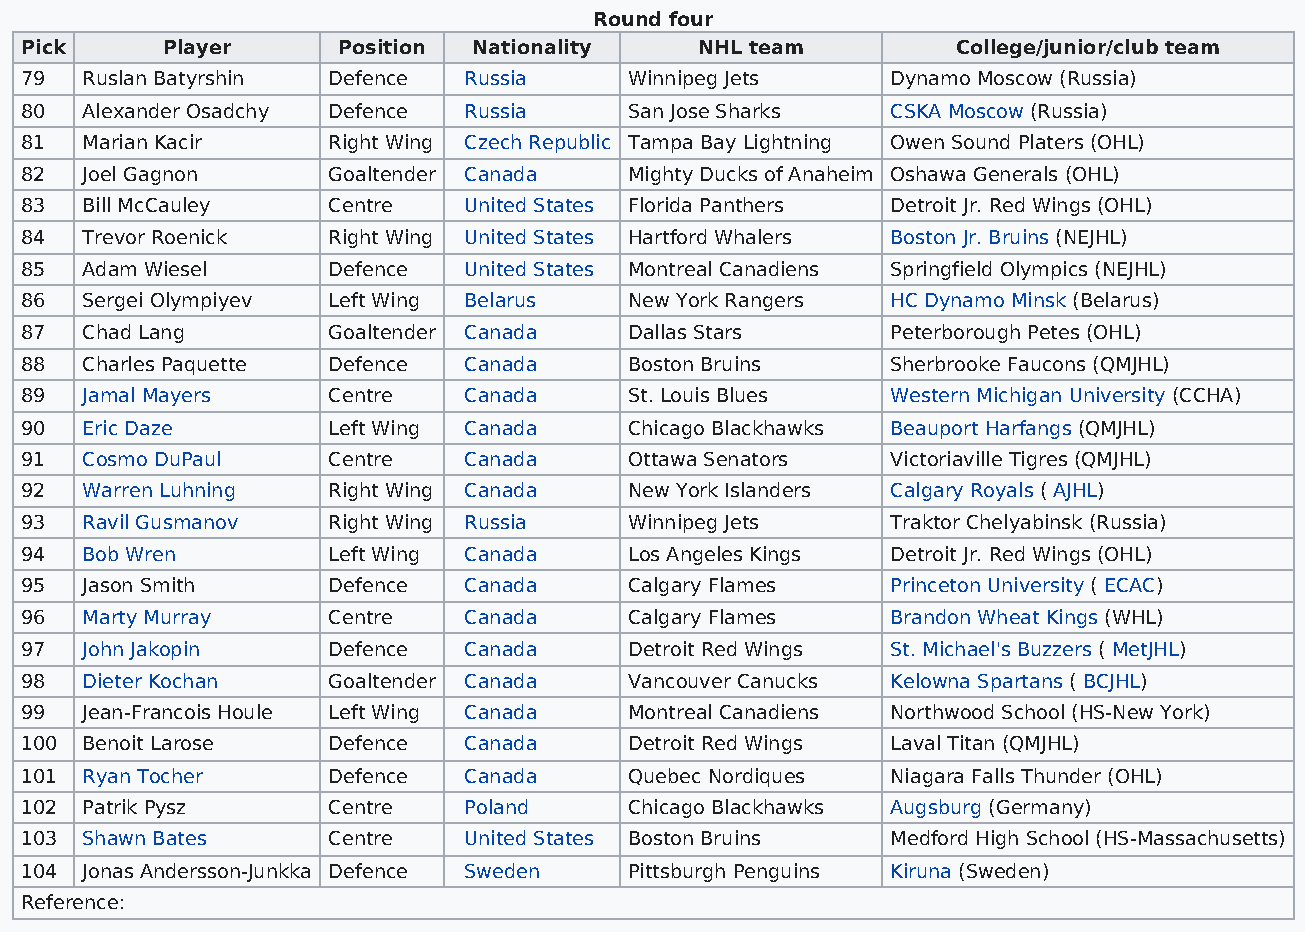
Round four
 Pick      Player     Position Nationality    NHL team         College/junior/club team
 79  Ruslan Batyrshin Defence  Russia     Winnipeg Jets    Dynamo Moscow (Russia)
 80  Alexander Osadchy Defence Russia     San Jose Sharks  CSKA Moscow (Russia)
 81  Marian Kacir     Right Wing Czech Republic Tampa Bay Lightning Owen Sound Platers (OHL)
 82  Joel Gagnon      Goaltender Canada   Mighty Ducks of Anaheim Oshawa Generals (OHL)
 83  Bill McCauley    Centre   United States Florida Panthers Detroit Jr. Red Wings (OHL)
 84  Trevor Roenick   Right Wing United States Hartford Whalers Boston Jr. Bruins (NEJHL)
 85  Adam Wiesel      Defence  United States Montreal Canadiens Springfield Olympics (NEJHL)
 86  Sergei Olympiyev Left Wing Belarus   New York Rangers HC Dynamo Minsk (Belarus)
 87  Chad Lang        Goaltender Canada   Dallas Stars     Peterborough Petes (OHL)
 88  Charles Paquette Defence  Canada     Boston Bruins    Sherbrooke Faucons (QMJHL)
 89  Jamal Mayers     Centre   Canada     St. Louis Blues  Western Michigan University (CCHA)
 90  Eric Daze        Left Wing Canada    Chicago Blackhawks Beauport Harfangs (QMJHL)
 91  Cosmo DuPaul     Centre   Canada     Ottawa Senators  Victoriaville Tigres (QMJHL)
 92  Warren Luhning   Right Wing Canada   New York Islanders Calgary Royals ( AJHL)
 93  Ravil Gusmanov   Right Wing Russia   Winnipeg Jets    Traktor Chelyabinsk (Russia)
 94  Bob Wren         Left Wing Canada    Los Angeles Kings Detroit Jr. Red Wings (OHL)
 95  Jason Smith      Defence  Canada     Calgary Flames   Princeton University ( ECAC)
 96  Marty Murray     Centre   Canada     Calgary Flames   Brandon Wheat Kings (WHL)
 97  John Jakopin     Defence  Canada     Detroit Red Wings St. Michael's Buzzers ( MetJHL)
 98  Dieter Kochan    Goaltender Canada   Vancouver Canucks Kelowna Spartans ( BCJHL)
 99  Jean-Francois Houle Left Wing Canada Montreal Canadiens Northwood School (HS-New York)
 100 Benoit Larose    Defence  Canada     Detroit Red Wings Laval Titan (QMJHL)
 101 Ryan Tocher      Defence  Canada     Quebec Nordiques Niagara Falls Thunder (OHL)
 102 Patrik Pysz      Centre   Poland     Chicago Blackhawks Augsburg (Germany)
 103 Shawn Bates      Centre   United States Boston Bruins Medford High School (HS-Massachusetts)
 104 Jonas Andersson-Junkka Defence Sweden Pittsburgh Penguins Kiruna (Sweden)
 Reference: